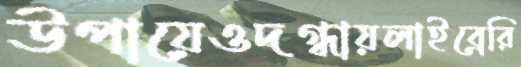
উপায়েওদগ্ধায়লাইব্রেরি